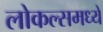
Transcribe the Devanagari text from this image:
लोकल्समध्ये